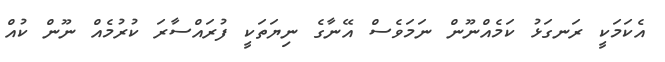
އެކަމަކީ ރަނގަޅު ކަމެއްނޫން ނަމަވެސް އޭނާގެ ނިޔަތަކީ ފުރައްސާރަ ކުރުމެއް ނޫން ކުއް